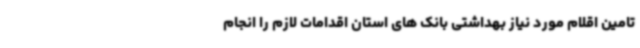
تامین اقلام مورد نیاز بهداشتی بانک های استان اقدامات لازم را انجام